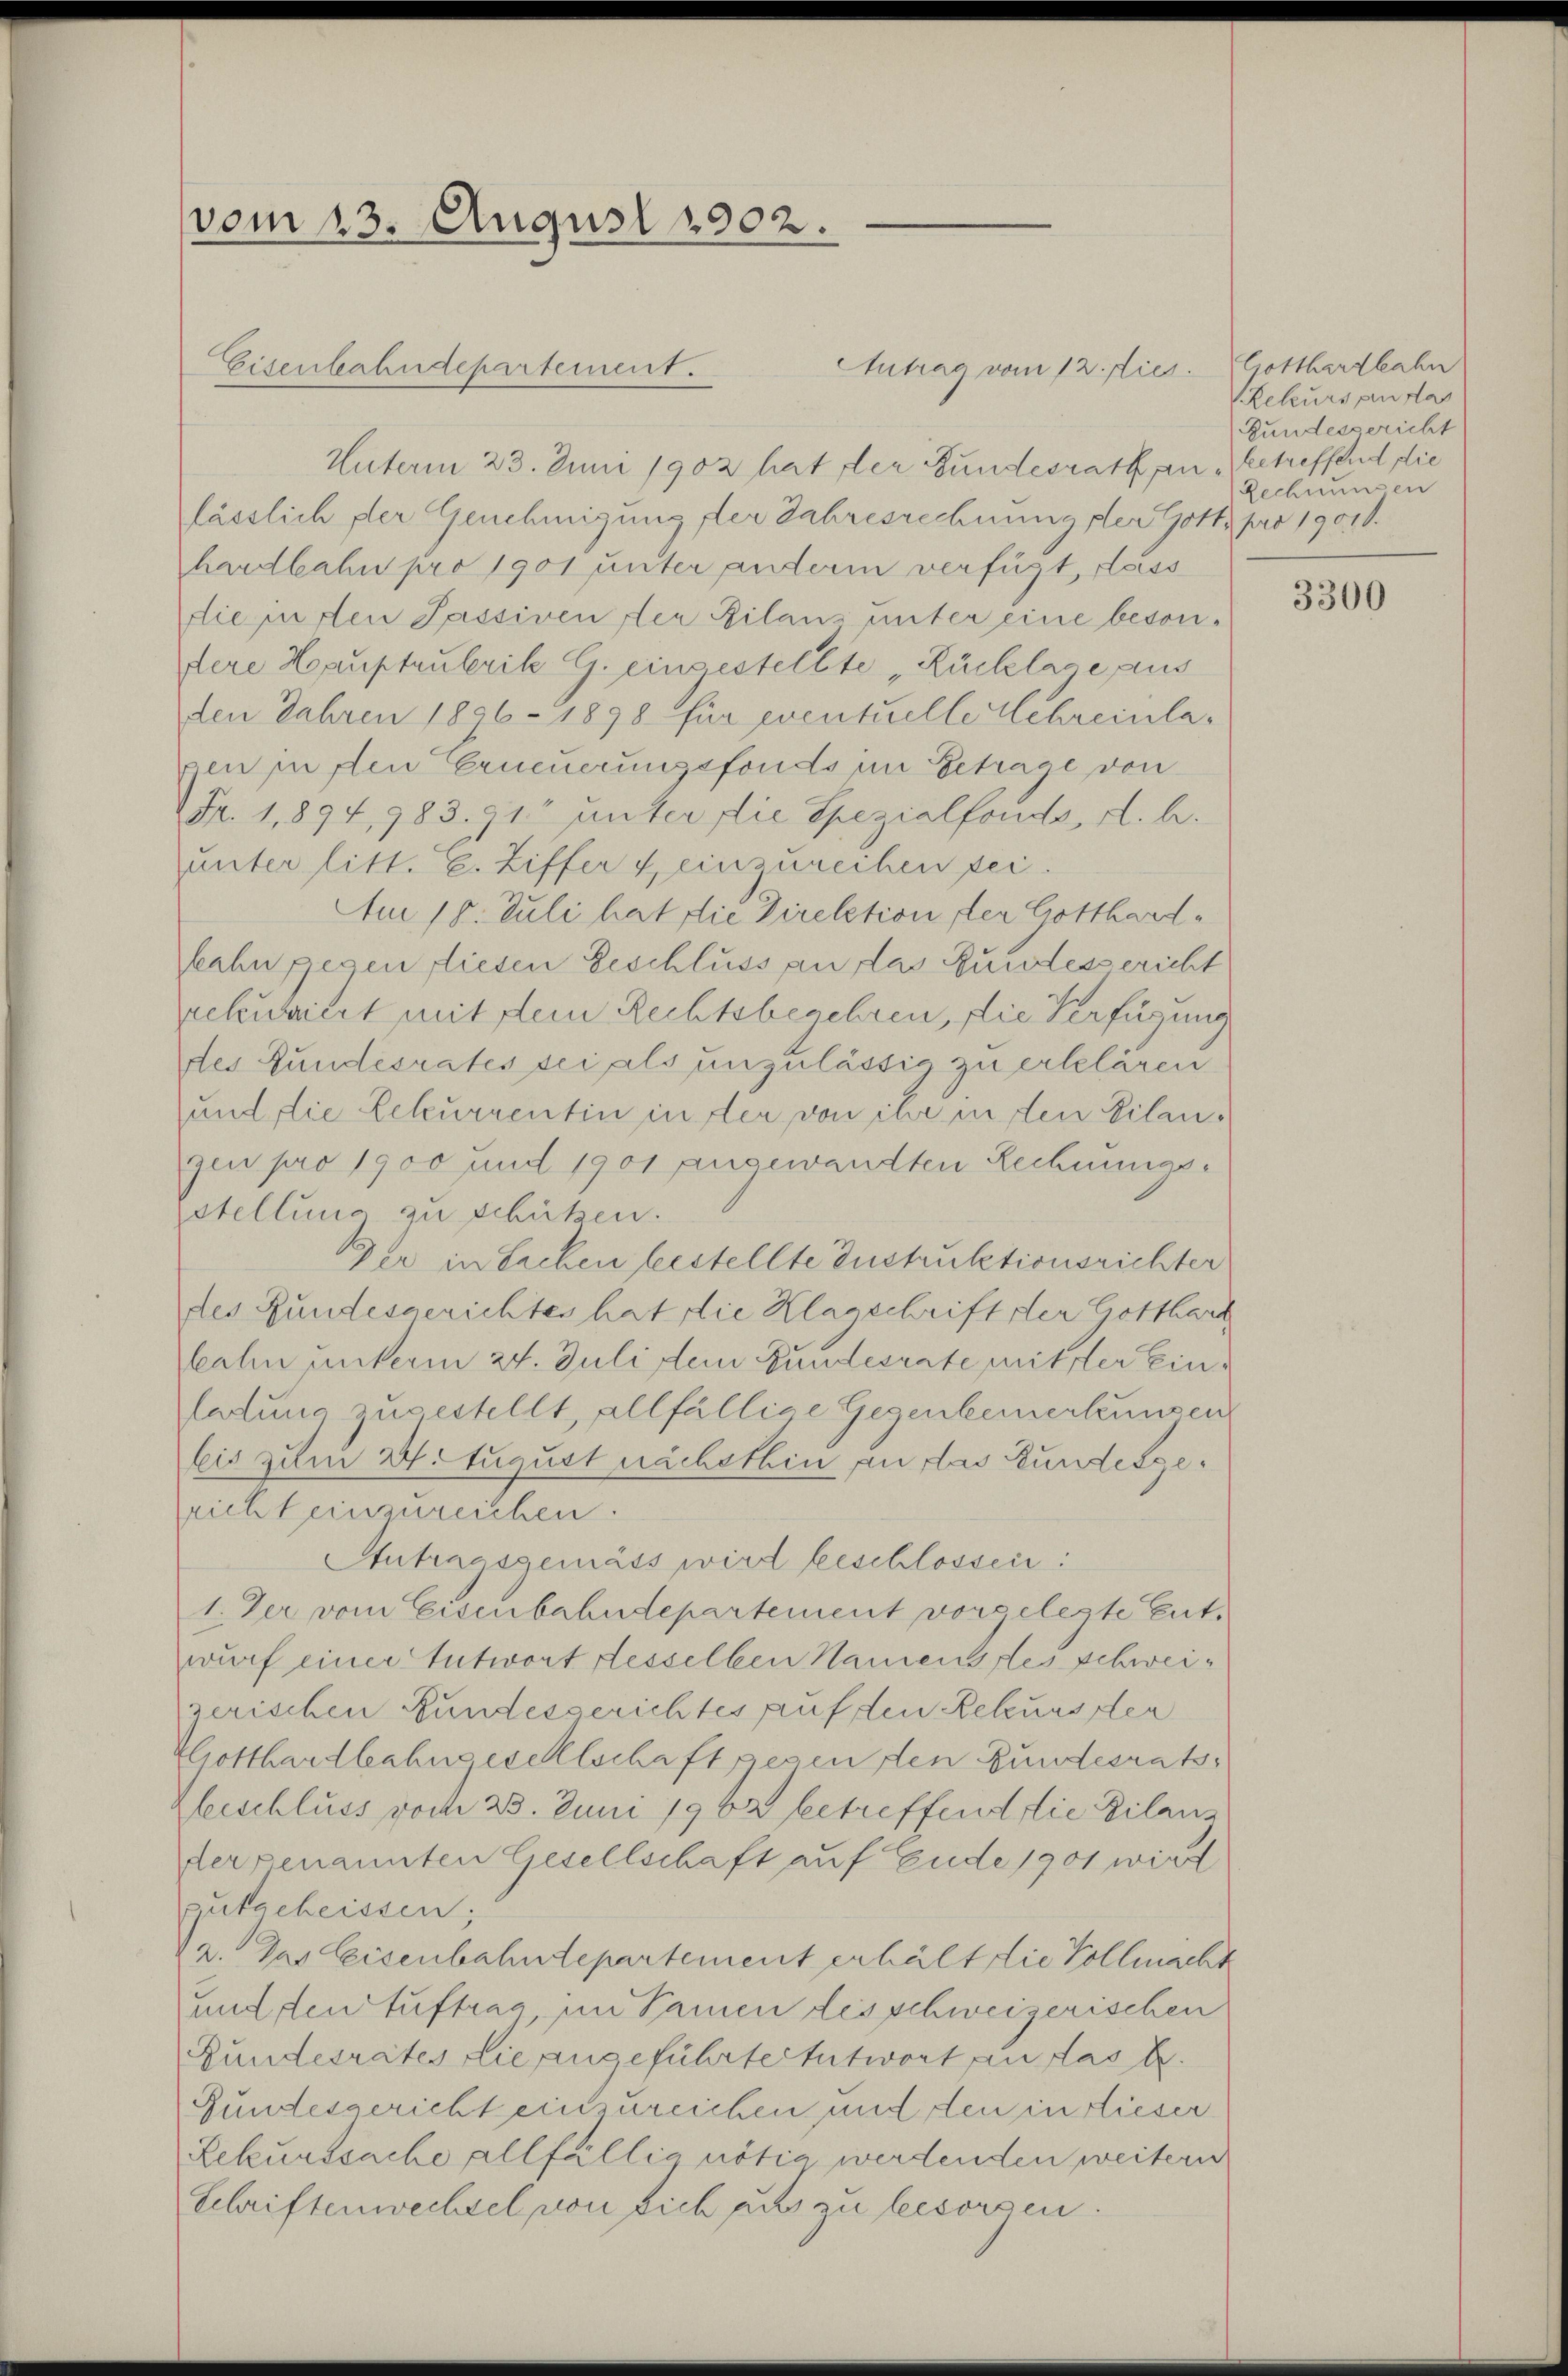
vom 23. August 1902.

Eisenbahndepartement.

Antrag vom 12. Dies
Unterm 23. Juni 1902 hat der Fundesrath an betreffend die
lässlich der Genehmigung der Jahresrechnung der Gott, pro 19010.
hardbahn pro 1901 unter anderm verfügt, dass
die in den Passiven der Bilans unter eine besondere Hauptzulerike G. eingestellte Rücklage plus
den Jahren 1806 - 1898 für eventuelle Schreinlagen in den Erneuerungsfonds im Getrage von
Fr. 1,894, 983. 91 unter die Spezialfonds, d. h.
unter litt. c. Ziffer Heinzureihen sei.
Am 18. Juli hat die Direktion der Gotthardkahn gegen diesen Geschluss an das Bundessericht
rekuriert mit dem Rechtsbegehren, die Verfügung
des Fundesrates sei als unzulässig zu erlelären.
und die Leteurrentin in der von ihr in den Vilangen pro 1900 und 1901 angewandten Rechnungsstellung zu schützen.
Der in Eichen bestellte Instruktionsrichter
des Bundesgerichtes hat die Klasschrift der Gotthard
kahn unterm 24. Juli dem Bundesrate mitter Einletung zugestellt, allfällige Gegenbeinertungen
bis zum 21. August nächsthin an das Bundesgericht einzureichen.
Autragsgemäss wird beschlossen:
1. Der vom Eisenbahndepartement vorgelegte Entwurf einer Entwort desselben Namens des schweizerischen Fundesgerichtes auf den Rekurs der
Potthardbahngesellschaft gegen den Gundesrats¬
Kleeschluss vom 23. Juni 1962 betreffend die Bilanz
der genannten Gesellschaft auf Ende 1901 wird
gutgeheissen;
da. Das leisenbahndepartement erhält die Vollmacht
und den Auftrag im Namen disschweizerischen
Bundesrates die angeführter Entwort ein das k.
Gundesgericht einzureichen und den in dieser
Lekurssache allfällig nötig werdenden weitern
Schriftenwechsel von sich aus zu besorgen.

Gotthardbahn
Rekurs an das
Bundesgericht
Rechnungen

3300